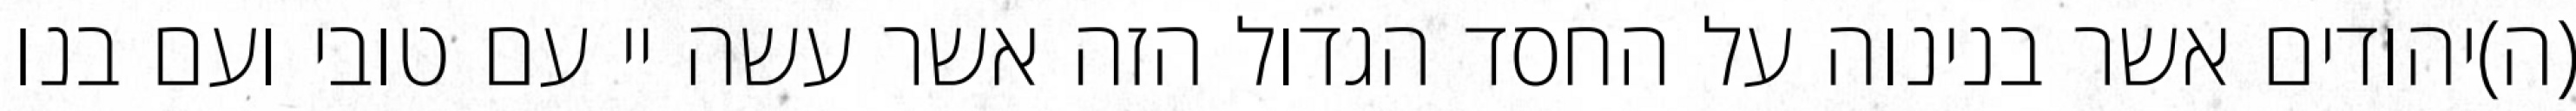
(ה)יהודים אשר בנינוה על החסד הגדול הזה אשר עשה יי עם טובי ועם בנו